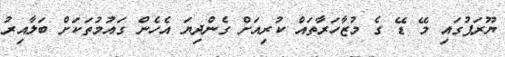
ޔޫރަޕުގައި މޭ ޑޭ ގެ މުޒާހަރާތައް ކުރިއަށް ގެންދިޔަ އެހެން ގައުމުތަކަށް ބަލާއިރު